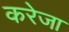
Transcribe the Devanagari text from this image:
करेजा